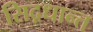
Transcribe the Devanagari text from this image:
सिद़धान्‍त